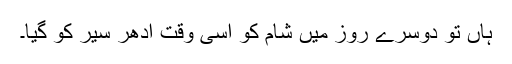
ہاں تو دوسرے روز میں شام کو اسی وقت ادھر سیر کو گیا۔